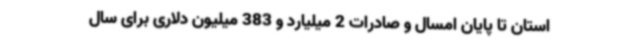
استان تا پایان امسال و صادرات 2 میلیارد و 383 میلیون دلاری برای سال